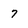
Character: 7